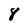
Character: 8